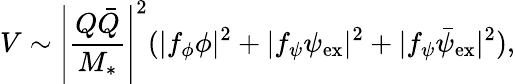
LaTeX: V\sim\left|\frac{Q\bar{Q}}{M_{*}}\right|^{2}(|f_{\phi}{\phi}|^{2}+|f_{\psi}{\psi}_{\mathrm{ex}}|^{2}+|f_{\psi}\bar{\psi}_{\mathrm{ex}}|^{2}),